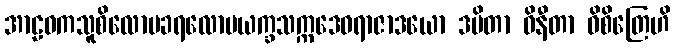
အာဠဝကသူစိလောမခရလောမယက္ခသက္ကဒေဝရာဇာဒယော ဒမိတာ ဝိနီတာ ဝိစိတြေဟိ